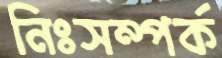
নিঃসম্পর্ক